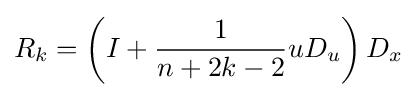
R_{k}=\left(I+{\frac {1}{n+2k-2}}uD_{u}\right)D_{x}